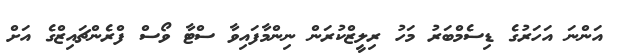
އަންނަ އަހަރުގެ ޑިސެމްބަރު މަހު ރިލީޒްކުރަން ނިންމާފައިވާ ސްޓާ ވޯސްް ފްރެންޗައިޒްގެ އަށް